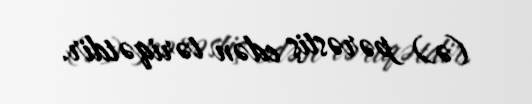
(ə) pərəstiş edən təriqətdir.